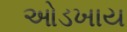
ઓડખાય